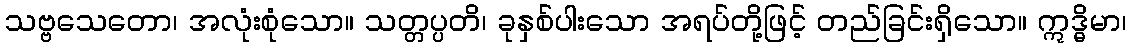
သဗ္ဗသေတော၊ အလုံးစုံသော။ သတ္တပ္ပတိ၊ ခုနှစ်ပါးသော အရပ်တို့ဖြင့် တည်ခြင်းရှိသော။ ဣဒ္ဓိမာ၊